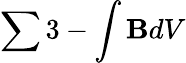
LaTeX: \sum3-\int\mathbf{B}dV